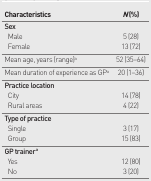
<table><thead><tr><td><b>Characteristics</b></td><td><b><i>N</i> (%)</b></td></tr></thead><tbody><tr><td><b>Sex</b></td><td></td></tr><tr><td>Male</td><td>5 (28)</td></tr><tr><td>Female</td><td>13 (72)</td></tr><tr><td>Mean age, years (range)<sup>a</sup></td><td>52 (35–64)</td></tr><tr><td>Mean duration of experience as GP<sup>a</sup></td><td>20 (1–36)</td></tr><tr><td><b>Practice location</b></td><td></td></tr><tr><td>City</td><td>14 (78)</td></tr><tr><td>Rural areas</td><td>4 (22)</td></tr><tr><td><b>Type of practice</b></td><td></td></tr><tr><td>Single</td><td>3 (17)</td></tr><tr><td>Group</td><td>15 (83)</td></tr><tr><td><b>GP trainer<sup>a</sup></b></td><td></td></tr><tr><td>Yes</td><td>12 (80)</td></tr><tr><td>No</td><td>3 (20)</td></tr></tbody></table>